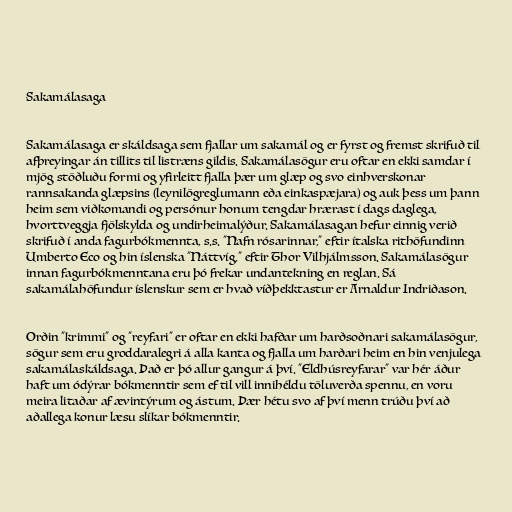
Sakamálasaga

Sakamálasaga er skáldsaga sem fjallar um sakamál og er fyrst og fremst skrifuð til
afþreyingar án tillits til listræns gildis. Sakamálasögur eru oftar en ekki samdar í
mjög stöðluðu formi og yfirleitt fjalla þær um glæp og svo einhverskonar
rannsakanda glæpsins (leynilögreglumann eða einkaspæjara) og auk þess um þann
heim sem viðkomandi og persónur honum tengdar hrærast í dags daglega,
hvorttveggja fjölskylda og undirheimalýður. Sakamálasagan hefur einnig verið
skrifuð í anda fagurbókmennta, s.s. "Nafn rósarinnar," eftir ítalska rithöfundinn
Umberto Eco og hin íslenska "Náttvíg," eftir Thor Vilhjálmsson. Sakamálasögur
innan fagurbókmenntana eru þó frekar undantekning en reglan. Sá
sakamálahöfundur íslenskur sem er hvað víðþekktastur er Arnaldur Indriðason.

Orðin "krimmi" og "reyfari" er oftar en ekki hafðar um harðsoðnari sakamálasögur,
sögur sem eru groddaralegri á alla kanta og fjalla um harðari heim en hin venjulega
sakamálaskáldsaga. Það er þó allur gangur á því. "Eldhúsreyfarar" var hér áður
haft um ódýrar bókmenntir sem ef til vill innihéldu töluverða spennu, en voru
meira litaðar af ævintýrum og ástum. Þær hétu svo af því menn trúðu því að
aðallega konur læsu slíkar bókmenntir.